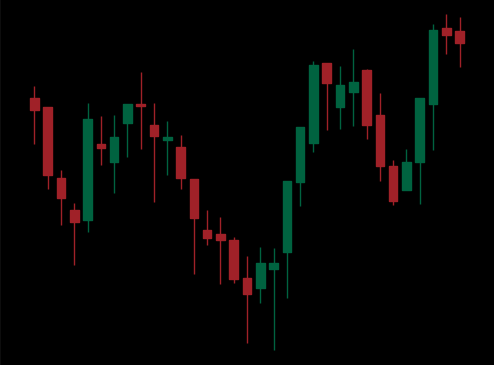
Pattern: inverse_head_shoulders